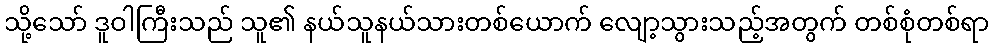
သို့သော် ဒူဝါကြီးသည် သူ၏ နယ်သူနယ်သားတစ်ယောက် လျော့သွားသည့်အတွက် တစ်စုံတစ်ရာ